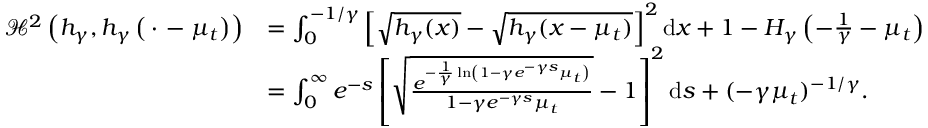
\begin{array} { r l } { { \mathscr { H } } ^ { 2 } \left( h _ { \gamma } , h _ { \gamma } \left( \, \cdot \, - \mu _ { t } \right) \right) } & { = \int _ { 0 } ^ { - 1 / \gamma } \left[ \sqrt { h _ { \gamma } ( x ) } - \sqrt { h _ { \gamma } ( x - \mu _ { t } ) } \right] ^ { 2 } \mathrm { d } x + 1 - H _ { \gamma } \left( - \frac { 1 } { \gamma } - \mu _ { t } \right) } \\ & { = \int _ { 0 } ^ { \infty } e ^ { - s } \left[ \sqrt { \frac { e ^ { - \frac { 1 } { \gamma } \ln \left( 1 - \gamma e ^ { - \gamma s } \mu _ { t } \right) } } { 1 - \gamma e ^ { - \gamma s } \mu _ { t } } } - 1 \right] ^ { 2 } \mathrm { d } s + ( - \gamma \mu _ { t } ) ^ { - 1 / \gamma } . } \end{array}